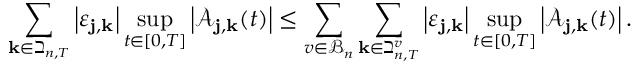
\sum _ { \mathbf { k } \in \beth _ { n , T } } \left| \varepsilon _ { \mathbf { j } , \mathbf { k } } \right| \operatorname* { s u p } _ { t \in [ 0 , T ] } \left| \mathcal { A } _ { \mathbf { j } , \mathbf { k } } ( t ) \right| \leq \sum _ { v \in \mathcal { B } _ { n } } \sum _ { \mathbf { k } \in \beth _ { n , T } ^ { v } } \left| \varepsilon _ { \mathbf { j } , \mathbf { k } } \right| \operatorname* { s u p } _ { t \in [ 0 , T ] } \left| \mathcal { A } _ { \mathbf { j } , \mathbf { k } } ( t ) \right| .